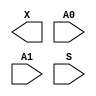
module sky130_fd_sc_ms__udp_mux_2to1 (
    X ,
    A0,
    A1,
    S
);

    output X ;
    input  A0;
    input  A1;
    input  S ;
endmodule